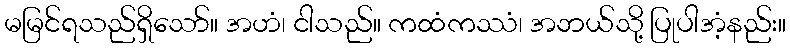
မမြင်ရသည်ရှိသော်။ အဟံ၊ ငါသည်။ ကထံကဿံ၊ အဘယ်သို့ ပြုပါအံ့နည်း။